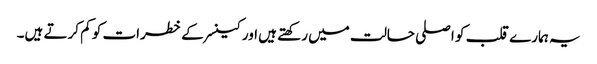
یہ ہمارے قلب کو اصلی حالت میں رکھتے ہیں اور کینسر کے خطرات کو کم کرتے ہیں۔